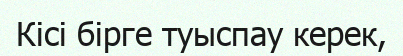
Кісі бірге туыспау керек,